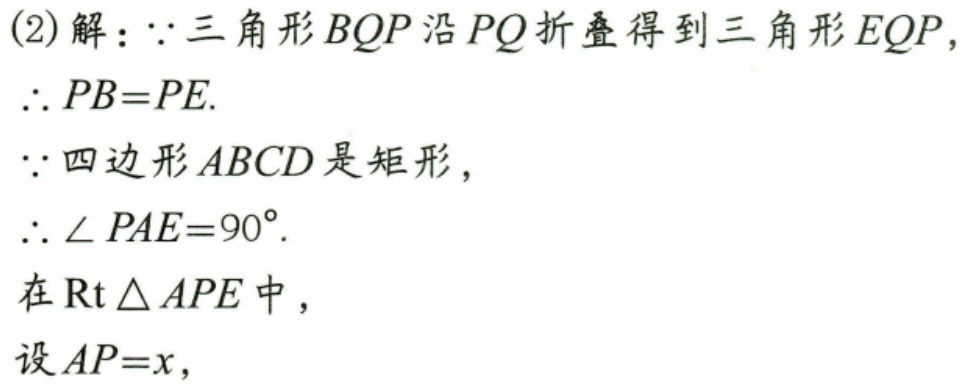
(2) 解：$\because$三角形$BQP$沿$PQ$折叠得到三角形$EQP$，
$\therefore PB = PE$.
$\because$四边形$ABCD$是矩形，
$\therefore \angle PAE = 90^{\circ}$.
在$\mathrm{Rt}\triangle APE$中，
设$AP = x$，